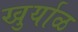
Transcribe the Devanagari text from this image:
खुर्याळ